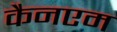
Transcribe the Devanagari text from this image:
कैनएम